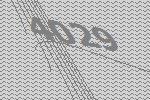
4029